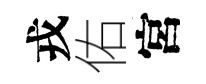
戎佑宮